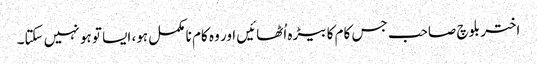
اختر بلوچ صاحب جس کام کا بیڑہ اُٹھائیں اور وہ کام نا مکمل ہو، ایسا تو ہو نہیں سکتا۔